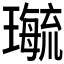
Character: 𤪝